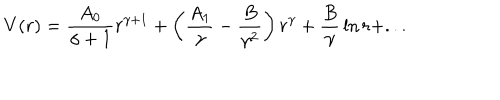
V ( r ) = { \frac { A _ { 0 } } { \gamma + 1 } } r ^ { \gamma + 1 } + \left( { \frac { A _ { 1 } } { \gamma } } - { \frac { B } { \gamma ^ { 2 } } } \right) r ^ { \gamma } + { \frac { B } { \gamma } } \ln r + . . .